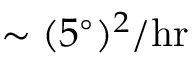
\sim ( 5 ^ { \circ } ) ^ { 2 } / \mathrm { h r }